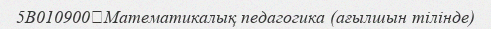
5B010900	Математикалық педагогика (ағылшын тілінде)